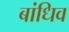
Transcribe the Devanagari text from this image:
बांधिव